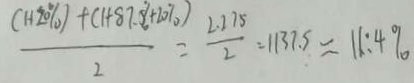
\frac { ( 1 + 2 0 \% ) + ( 1 + 8 7 . 5 \% + 1 0 \% ) } { 2 } = \frac { 2 . 2 7 5 } { 2 } = 1 1 3 7 . 5 = 1 1 : 4 \%